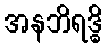
အနဘိရဒ္ဓိ